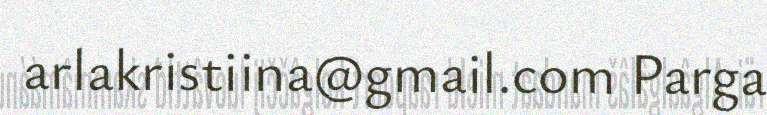
arlakristiina@gmail.com Parga